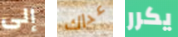
إلى عداك يكرر